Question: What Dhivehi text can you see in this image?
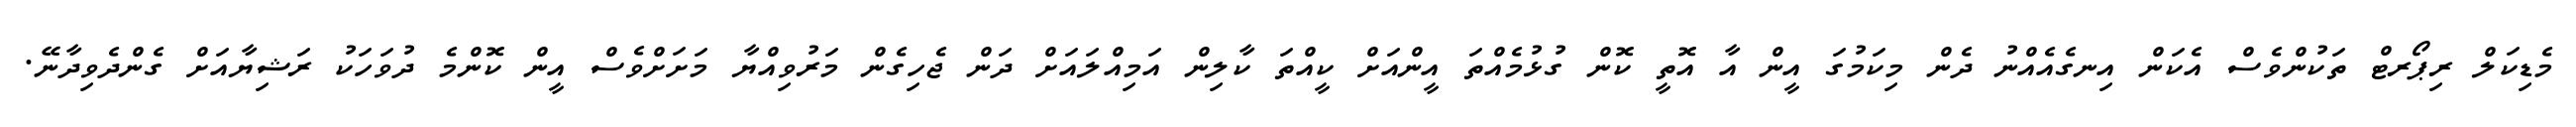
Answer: މެޑިކަލް ރިޕޯރޓް ތަކުންވެސް އެކަން އިނގެއެއްނު ދެން މިކަމުގަ އީން އާ އޮތީ ކޮން ގުޅުމެއްތަ އީންއަށް ކީއްތަ ކާލިން އަމިއްލައަށް ދަން ޖެހިގެން މަރުވިއްޔާ މަށަށްވެސް އީން ކޮންމެ ދުވަހަކު ރަޝިޔާއަށް ގެންދެވިދާނޭ.